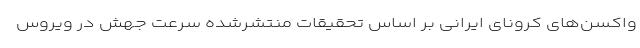
واکسن‌های کرونای ایرانی بر اساس تحقیقات منتشرشده سرعت جهش در ویروس